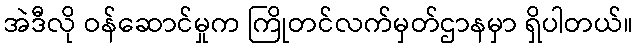
အဲဒီလို ဝန်ဆောင်မှုက ကြိုတင်လက်မှတ်ဌာနမှာ ရှိပါတယ်။